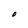
Character: O